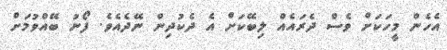
އެހެން މީހަކަށް ވެސް ދެރައެއް ލިބޭކަށް އެ ދެކުދިން ނޭދެއެވެ. ފޯނު ބޭއްވުމަށް